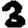
Digit: 3